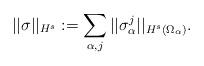
LaTeX: \begin{align*} ||\sigma||_{H^{s}} := \sum_{\alpha, j} ||\sigma_{\alpha}^j||_{H^{s}(\Omega_{\alpha})}. \end{align*}